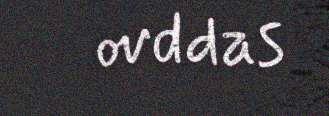
ovddas